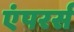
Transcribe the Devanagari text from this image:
एंपरर्स